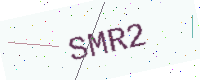
Text: SMR2